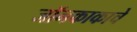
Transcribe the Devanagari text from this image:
जॉनकाकाचे